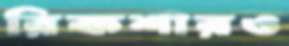
রিকশারও